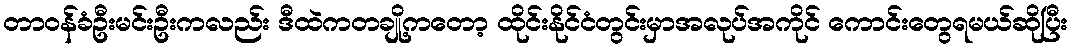
တာဝန်ခံဦးမင်းဦးကလည်း ဒီထဲကတချို့ကတော့ ထိုင်းနိုင်ငံတွင်းမှာအလုပ်အကိုင် ကောင်းတွေရမယ်ဆိုပြီး